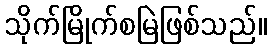
သိုက်မြိုက်စမြဲဖြစ်သည်။